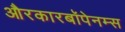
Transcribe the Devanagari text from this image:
औरकारबॉपेनम्स